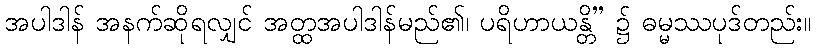
အပါဒါန် အနက်ဆိုရလျှင် အတ္ထအပါဒါန်မည်၏၊ ပရိဟာယန္တိ” ၌ ဓမ္မဿပုဒ်တည်း။